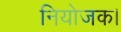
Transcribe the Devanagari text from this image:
नियोजक।